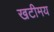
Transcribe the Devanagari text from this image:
खटीमय